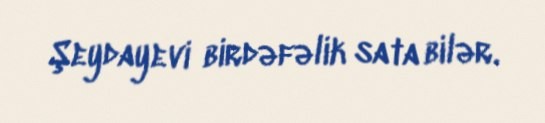
Şeydayevi birdəfəlik sata bilər.